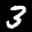
Label: 3